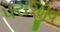
પરાજીવ